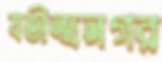
যতীন্দ্রনগর